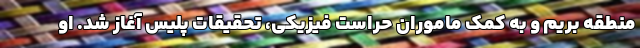
منطقه بریم و به کمک ماموران حراست فیزیکی، تحقیقات پلیس آغاز شد. او